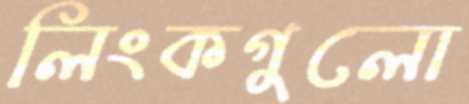
লিংকগুলো